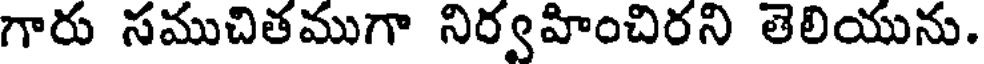
గారు సముచితముగా నిర్వహించిరని తెలియును.